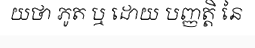
យថា ភូត ឬ ដោយ បញ្ញត្តិ នៃ